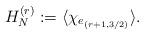
LaTeX: \begin{align*}H_N^{(r)}:=\langle\chi_{e_{(r+1,3/2)}}\rangle.\end{align*}